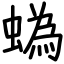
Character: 蟡